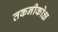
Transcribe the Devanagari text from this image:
तकनीकोक्ष